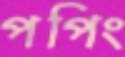
পপিং